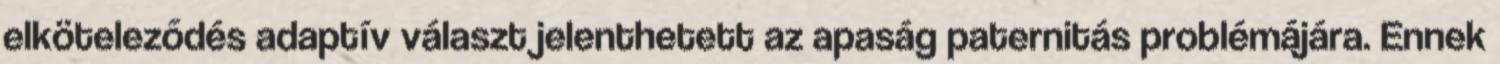
elköteleződés adaptív választ jelenthetett az apaság paternitás problémájára. Ennek